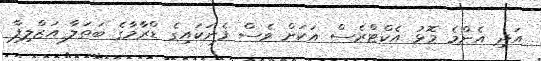
އަދި އެންމެ މޮޅު އެކްޓްރެސް އަކަށް ވެސް ފެނަކައިގެ ޑްރާމާގެ ބަތަލާ އަޒްލިފާ